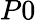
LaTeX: P0